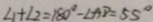
\angle 1 + \angle 2 = 1 8 0 ^ { \circ } - \angle A D = 5 5 ^ { \circ }